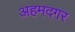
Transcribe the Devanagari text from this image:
अहमदगर